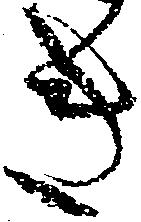
き